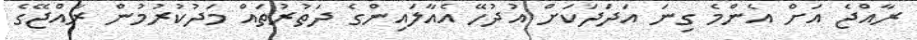
ރާއްޖެ އަށް އެންމެ ގިނަ އަދަދަކަށް އުދުހޭ އެއާލައިންގެ ދަތުރުތައް މަދުކުރުމުން ރާއްޖޭގެ